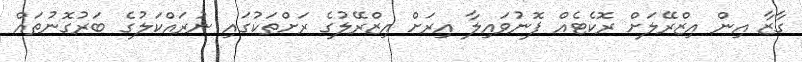
ގާޒާ އިން އިޒްރޭލަށް ރޮކެޓެއް ފޮނުވައިލާ އިރަށް އިޒްރޭލުގެ ރަށްތަކުގައި ނުރައްކަލުގެ ބަރުގޮނުތައް